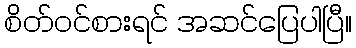
စိတ်ဝင်စားရင် အဆင်ပြေပါပြီ။